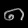
Digit: ၈